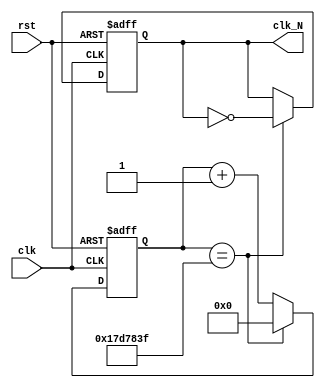
`timescale 1ns / 1ps
//////////////////////////////////////////////////////////////////////////////////
// Company: 
// Engineer: 
// 
// Design Name: 
// Module Name:    IP_1Hz 
// Project Name:   
// Target Devices: 
// Tool versions: 
// Description: 
//
// Dependencies: 
//
// Revision: 
// Revision 0.01 - File Created
// Additional Comments: 
//
//////////////////////////////////////////////////////////////////////////////////

module IP_1Hz(clk,rst,clk_N);  //clk=50MHz,N 
	input clk;
	input rst;
	output reg clk_N;
	parameter N=50000000;
	reg [28:0] count;
	always@(posedge clk or posedge rst)begin
		if(rst) begin
			clk_N<=0;
			count<=0;
		end
		else if(count==N/2-1) begin
		clk_N<= ~clk_N;
		count<=0;
		end
		else count<=count+1;
	end
endmodule